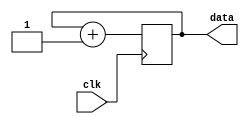
module counter(input clk, output [25:0] data);
wire clk;

//-- La salida es un registro de 26 bits, inicializado a 0
reg [25:0] data = 0;

//-- Sensible al flanco de subida
always @(posedge clk) begin

	//-- Incrementar el registro
	data <= data + 1;
end


endmodule